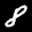
Label: 8